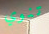
تنوي